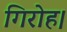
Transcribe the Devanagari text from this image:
गिरोह।